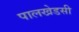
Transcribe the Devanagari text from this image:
पालखेडसी